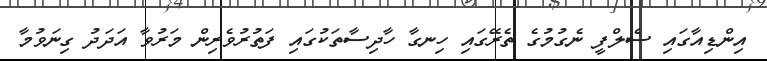
އިންޑިއާގައި ސެލްފީ ނެގުމުގެ ތެރޭގައި ހިނގާ ހާދިސާތަކުގައި ފަތުރުވެރިން މަރުވާ އަދަދު ގިނަވުމާ